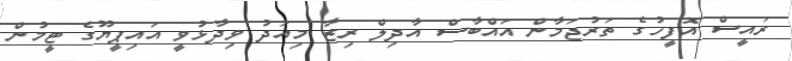
ރައީސް އޮފީހުގެ ތަރުޖަމާން އައްބާސް އާދިލް ރިޒާ މިއަދު ވިދާޅުވީ އައިޕީޔޫގެ ޓީމުން